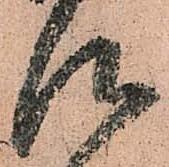
仰